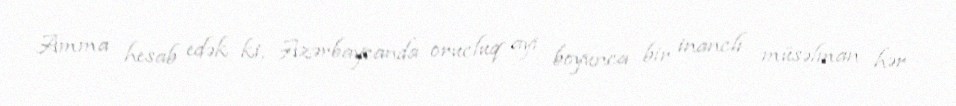
Amma hesab edək ki, Azərbaycanda orucluq ayı boyunca bir inanclı müsəlman hər